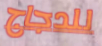
للدجاج